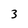
Character: 3